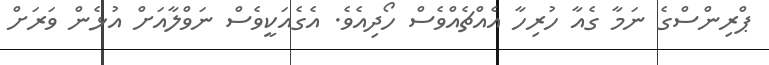
ޕްރިންސްގެ ނަމާ ގެއާ ހުރިހާ އެއްޗެއްވެސް ހޯދިއެވެ. އެގެއަކީވެސް ނަވްލާއަށް އުޅެން ވަރަށް